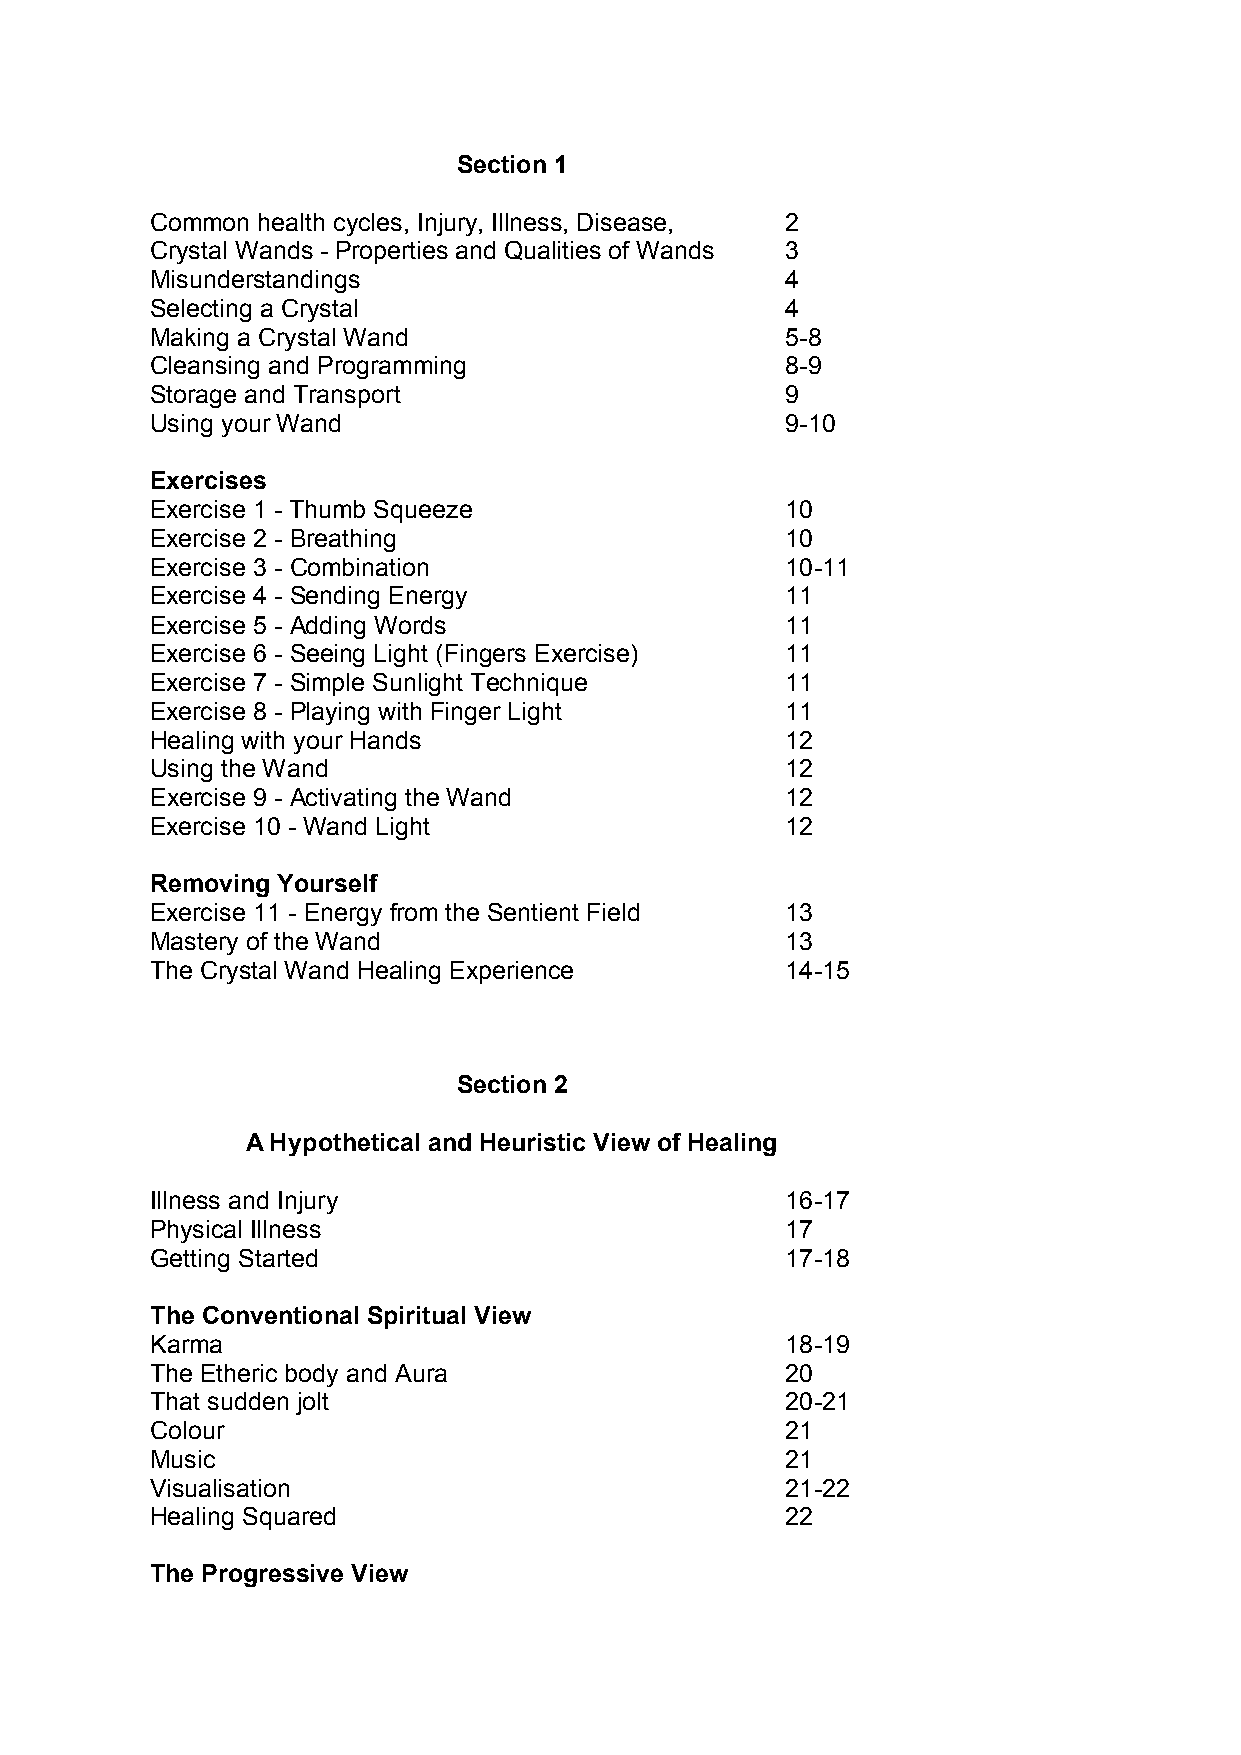
Section 1
 Common health cycles, Injury, Illness, Disease, 2
 Crystal Wands - Properties and Qualities of Wands 3
 Misunderstandings                         4
 Selecting a Crystal                       4
 Making a Crystal Wand                     5-8
 Cleansing and Programming                 8-9
 Storage and Transport                     9
 Using your Wand                           9-10
 Exercises
 Exercise 1 - Thumb Squeeze                10
 Exercise 2 - Breathing                    10
 Exercise 3 - Combination                  10-11
 Exercise 4 - Sending Energy               11
 Exercise 5 - Adding Words                 11
 Exercise 6 - Seeing Light (Fingers Exercise) 11
 Exercise 7 - Simple Sunlight Technique    11
 Exercise 8 - Playing with Finger Light    11
 Healing with your Hands                   12
 Using the Wand                            12
 Exercise 9 - Activating the Wand          12
 Exercise 10 - Wand Light                  12
 Removing Yourself
 Exercise 11 - Energy from the Sentient Field 13
 Mastery of the Wand                       13
 The Crystal Wand Healing Experience       14-15
 Section 2
 A Hypothetical and Heuristic View of Healing
 Illness and Injury                        16-17
 Physical Illness                          17
 Getting Started                           17-18
 The Conventional Spiritual View
 Karma                                     18-19
 The Etheric body and Aura                 20
 That sudden jolt                          20-21
 Colour                                    21
 Music                                     21
 Visualisation                             21-22
 Healing Squared                           22
 The Progressive View